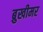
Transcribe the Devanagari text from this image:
ब्रुखीमर